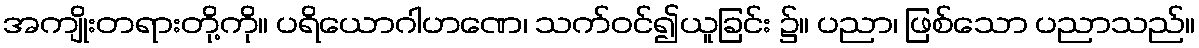
အကျိုးတရားတို့ကို။ ပရိယောဂါဟဏေ၊ သက်ဝင်၍ယူခြင်း ၌။ ပညာ၊ ဖြစ်သော ပညာသည်။